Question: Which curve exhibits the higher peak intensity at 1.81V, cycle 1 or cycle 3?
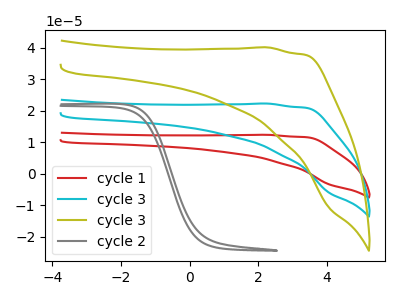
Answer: <think>The red curve "cycle 1" has no peaks. The cyan curve "cycle 3" has no peaks. The olive curve "cycle 3" has no peaks. The gray curve "cycle 2" has no peaks.</think>
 <answer>"cycle 1" and "cycle 3" dont share a peak at 1.81V.</answer>
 <eval>mismatch</eval>